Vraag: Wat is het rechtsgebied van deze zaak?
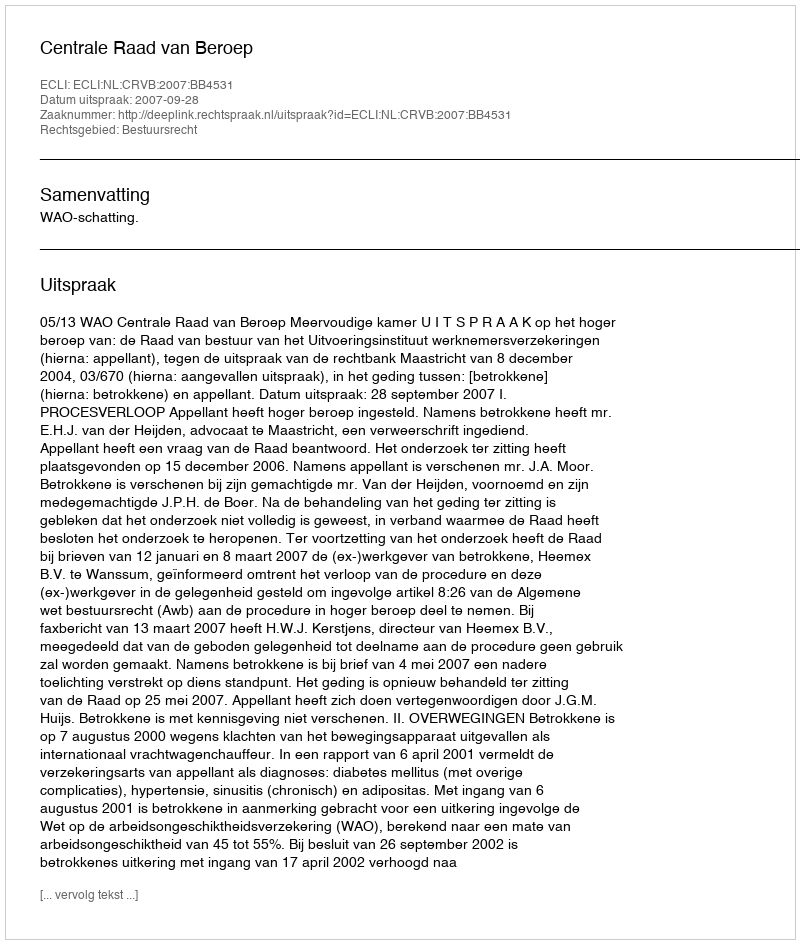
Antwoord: Bestuursrecht